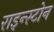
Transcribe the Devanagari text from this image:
राइन्स्टोन